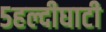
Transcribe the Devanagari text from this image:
५हल्दीघाटी